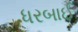
ધરબાઈ